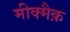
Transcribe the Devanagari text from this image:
मीक्मैक़